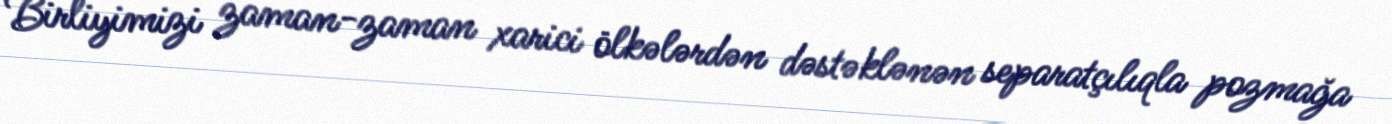
Birliyimizi zaman-zaman xarici ölkələrdən dəstəklənən separatçılıqla pozmağa